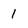
Character: 1